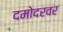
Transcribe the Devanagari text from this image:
दमोदरवर